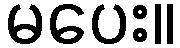
မပေး။